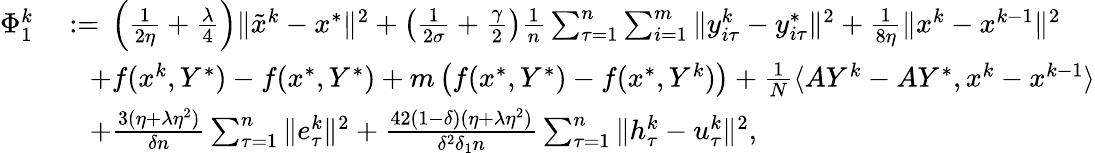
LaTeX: \begin{array}{rl}{\Phi_{1}^{k}}&{\; {:=}\; \left(\frac{1}{2\eta}+\frac{\lambda}{4}\right)\| {\tilde{x}}^{k}-x^{*}\| ^{2}+\left(\frac{1}{2\sigma}+\frac{\gamma}{2}\right)\frac{1}{n}\sum_{\tau=1}^{n}\sum_{i=1}^{m}\| y_{i\tau}^{k}-y_{i\tau}^{*}\| ^{2}+\frac{1}{8\eta}\| x^{k}-x^{k-1}\| ^{2}}\\ &{\quad+f(x^{k},Y^{*})-f(x^{*},Y^{*})+m\left(f(x^{*},Y^{*})-f(x^{*},Y^{k})\right)+\frac{1}{N}\langle AY^{k}-AY^{*},x^{k}-x^{k-1}\rangle}\\ &{\quad+\frac{3(\eta+\lambda\eta^{2})}{\delta n}\sum_{\tau=1}^{n}\| e_{\tau}^{k}\| ^{2}+\frac{42(1-\delta)(\eta+\lambda\eta^{2})}{\delta^{2}\delta_{1}n}\sum_{\tau=1}^{n}\| h_{\tau}^{k}-u_{\tau}^{k}\| ^{2},}\end{array}